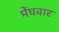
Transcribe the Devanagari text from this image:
मेंघवार